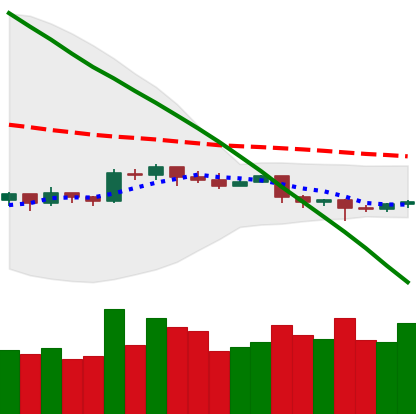
Ticker: EOS-USD
Chart end date: 2019-10-21
Forward return: 6.648%
Label: up_5_7